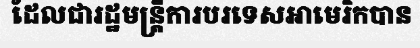
ដែលជារដ្ឋមន្ត្រីការបរទេសអាមេរិកបាន